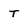
Character: t